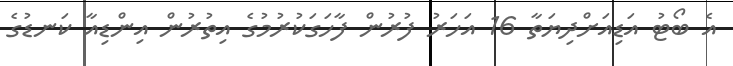
އެ ބޯޓު އަޑިއަށްދިޔަތާ 16 އަހަރު ފުރުން ފާހަގަކުރުމުގެ އިތުރުން އިންޑިއާ ކަނޑުގެ